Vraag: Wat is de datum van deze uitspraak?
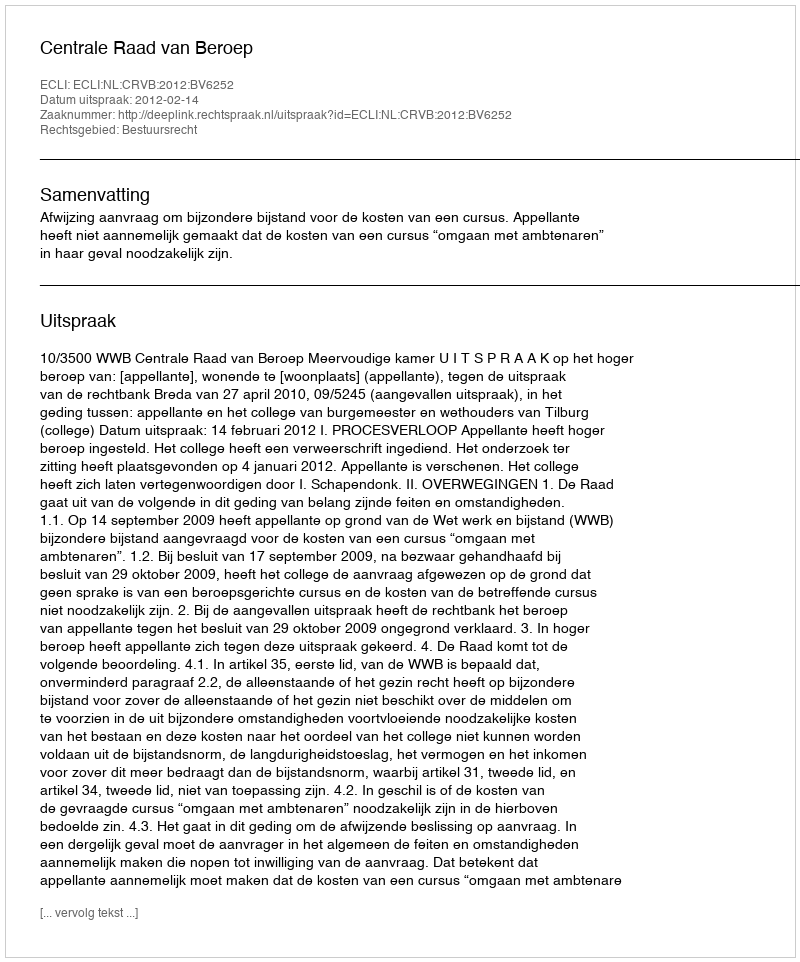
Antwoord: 2012-02-14